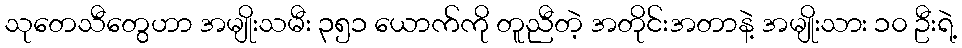
သုတေသီတွေဟာ အမျိုးသမီး ၃၅၁ ယောက်ကို တူညီတဲ့ အတိုင်းအတာနဲ့ အမျိုးသား ၁၀ ဦးရဲ့